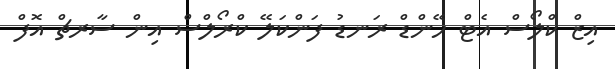
އިޒް ކްލޯސް އެޓް ހޭންޑް ރަނޑު ފަންކަލޭ ކްރޯލްސް އިން ސާރޗް އޮފް